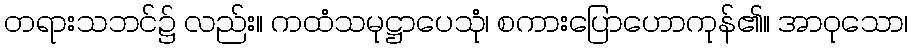
တရားသဘင်၌ လည်း။ ကထံသမုဋ္ဌာပေသုံ၊ စကားပြောဟောကုန်၏။ အာဝုသော၊